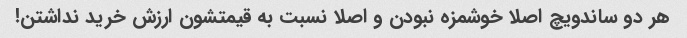
هر دو ساندویچ اصلا خوشمزه نبودن و اصلا نسبت به قیمتشون ارزش خرید نداشتن!